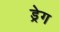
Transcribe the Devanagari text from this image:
ड्रेग